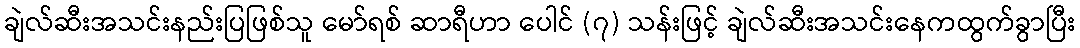
ချဲလ်ဆီးအသင်းနည်းပြဖြစ်သူ မော်ရစ် ဆာရီဟာ ပေါင် (၇) သန်းဖြင့် ချဲလ်ဆီးအသင်းနေကထွက်ခွာပြီး